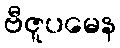
ဗီဇူပမေန